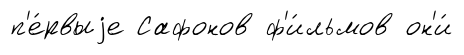
п'е́рвыjе Сафонов ф'и́льмов он'и́